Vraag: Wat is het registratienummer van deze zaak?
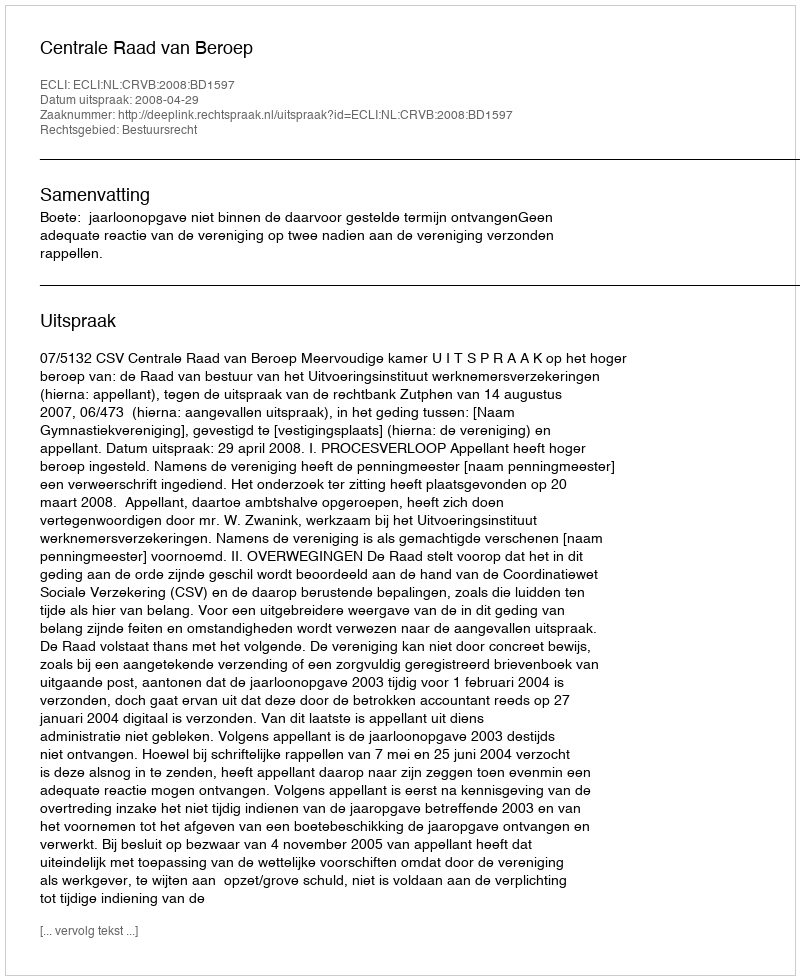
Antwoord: http://deeplink.rechtspraak.nl/uitspraak?id=ECLI:NL:CRVB:2008:BD1597